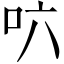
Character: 𠯿